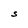
Character: S